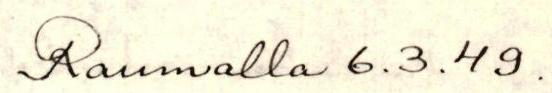
Raumalla 6.3.49.